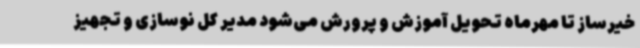
خیرساز تا مهرماه تحویل آموزش و پرورش می‌شود مدیر کل نوسازی و تجهیز